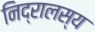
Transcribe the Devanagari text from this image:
निद्रालस्य